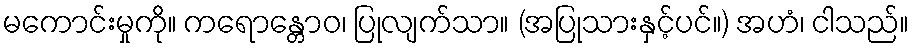
မကောင်းမှုကို။ ကရောန္တောဝ၊ ပြုလျက်သာ။ (အပြုသားနှင့်ပင်။) အဟံ၊ ငါသည်။